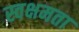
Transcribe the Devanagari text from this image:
स्वक्षमता